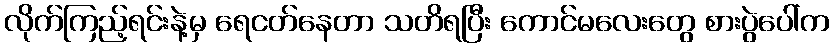
လိုက်ကြည့်ရင်းနဲ့မှ ရေငတ်နေတာ သတိရပြီး ကောင်မလေးတွေ စားပွဲပေါ်က